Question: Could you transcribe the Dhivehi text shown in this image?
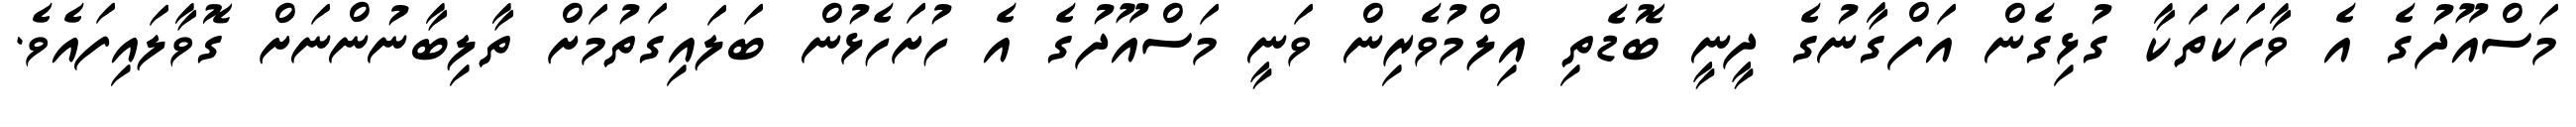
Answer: މަސްއޫދުގެ އެ ވާހަކަތަކާ ގުޅިގެން އަފްގާނުގެ ދީނީ ބޮޑެތި އިލްމުވެރިން ވަނީ މަސްއޫދުގެ އެ ހުށަހެޅުން ބަލައިގަތުމަށް ތާލިބާނުންނަށް ގޮވާލައިފައެވެ.